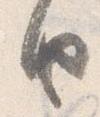
由